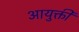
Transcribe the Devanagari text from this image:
आयुक्ती